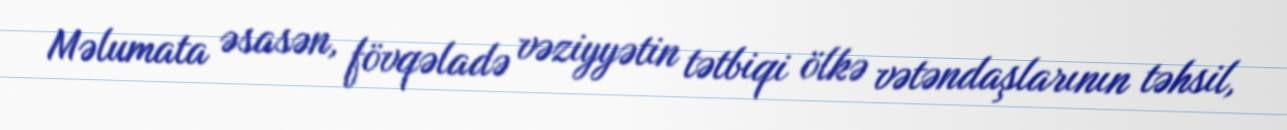
Məlumata əsasən, fövqəladə vəziyyətin tətbiqi ölkə vətəndaşlarının təhsil,